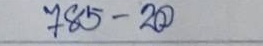
785 - 20